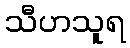
သီဟသူရ